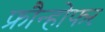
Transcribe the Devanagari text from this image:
फ्रौन्होफर